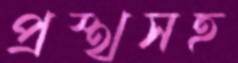
প্রস্থসহ